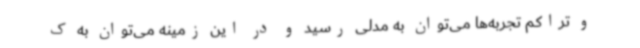
و تراکم تجربه‌ها می‌توان به مدلی رسید و در این زمینه می‌توان به ک